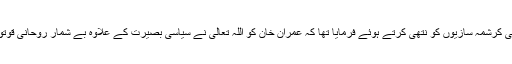
کچھ عرصہ قبل انہوں نے وزیراعظم کی ذات با برکات سے عجیب و غریب اور جادوئی کرشمہ سازیوں کو نتھی کرتے ہوئے فرمایا تھا کہ عمران خان کو اللہ تعالٰی نے سیاسی بصیرت کے علاوہ بے شمار روحانی قوتوں سے بھی نواز رکھا ہے جن کو بروئے کار لا کر وہ پس دیوار بھی دیکھ سکتے ہیں۔